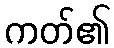
ကတ်၏